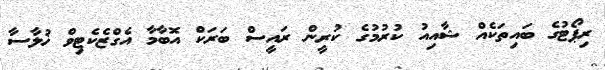
ރިޕޯޓުގެ ބައިތަކެއް ޝާއިއު ކުރުމުގެ ކުރީން ރައީސް ބަރަކް އޮބާމާ އެގްޒެކެޓިވް ޚުލާސާ